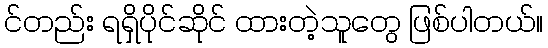
င်တည်း ရရှိပိုင်ဆိုင် ထားတဲ့သူတွေ ဖြစ်ပါတယ်။